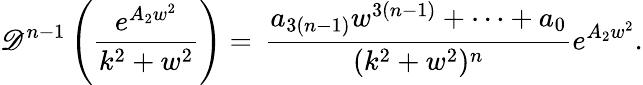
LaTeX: \mathscr{D}^{n-1}\left(\frac{{e^{A_{2}w^{2}}}}{{k^{2}+w^{2}}}\right)=\, \frac{{a_{3(n-1)}w^{3(n-1)}+\dots+a_{0}}}{{(k^{2}+w^{2})^{n}}}e^{A_{2}w^{2}}.